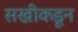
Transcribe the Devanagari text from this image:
सखीकडून